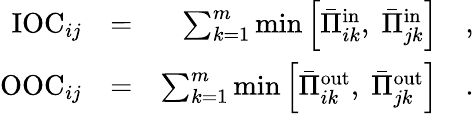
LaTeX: \begin{array}{rlr}{\mathrm{IOC}_{ij}}&{=}&{\sum_{k=1}^{m}\operatorname*{min}\left[\bar{\Pi}_{ik}^{\mathrm{in}},\; \bar{\Pi}_{jk}^{\mathrm{in}}\right]\quad,}\\ {\mathrm{OOC}_{ij}}&{=}&{\sum_{k=1}^{m}\operatorname*{min}\left[\bar{\Pi}_{ik}^{\mathrm{out}},\; \bar{\Pi}_{jk}^{\mathrm{out}}\right]\quad.}\end{array}